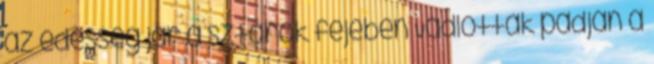
az édesség jár a sztárok fejében Vádlottak padján a